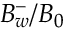
B _ { w } ^ { - } / B _ { 0 }